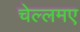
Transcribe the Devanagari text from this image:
चेल्लमए